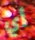
أي